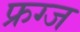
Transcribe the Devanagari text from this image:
फ्रग्ज